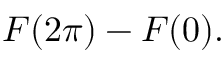
F ( 2 \pi ) - F ( 0 ) .